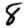
Digit: 8